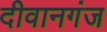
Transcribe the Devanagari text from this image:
दीवानगंज